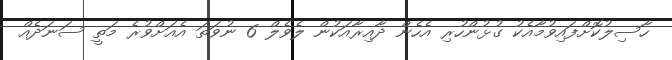
ހާސިލުކޮށްފައިވުމާއެކު ގުޅުންހުރި އެހެން ދާއިރާއަކުން ލެވެލް 6 ނުވަތަ އެއަށްވުރެ މަތީ ސަނަދެއް